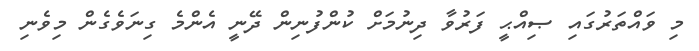
މި ވައްތަރުގައި ޞިއްޙީ ފަރުވާ ދިނުމަށް ކުންފުނިން ދޭނީ އެންމެ ގިނަވެގެން މިވެނި